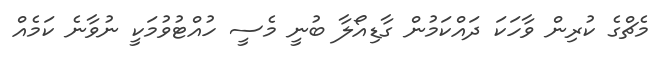
މެޗްގެ ކުރިން ވާހަކަ ދައްކަމުން ގާޑިއޯލާ ބުނީ މެސީ ހުއްޓުވުމަކީ ނުވާނެ ކަމެއް